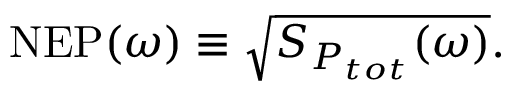
\mathrm { N E P } ( \omega ) \equiv \sqrt { S _ { P _ { t o t } } ( \omega ) } .